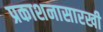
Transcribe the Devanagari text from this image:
प्रकाशनासारखी